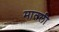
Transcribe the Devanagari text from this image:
मातली